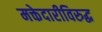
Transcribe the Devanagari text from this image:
मक्तेदारीविरुद्ध